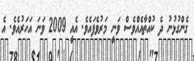
ގެންގުޅުނު ދެ ކުއްތާއެއްވެސް ވަނީ މަރުވެފައެވެ. އެއީ 2009 ވަނަ އަހަރުއެވެ. އެ